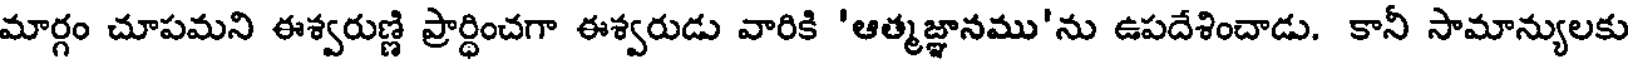
మార్గం చూపమని ఈశ్వరుణ్ణి ప్రార్ధించగా ఈశ్వరుడు వారికి 'ఆత్మజ్ఞానము'ను ఉపదేశించాడు. కానీ సామాన్యులకు